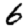
Digit: 6